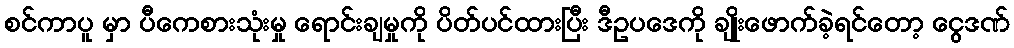
စင်ကာပူ မှာ ပီကေစားသုံးမှု ရောင်းချမှုကို ပိတ်ပင်ထားပြီး ဒီဥပဒေကို ချိုးဖောက်ခဲ့ရင်တော့ ငွေဒဏ်